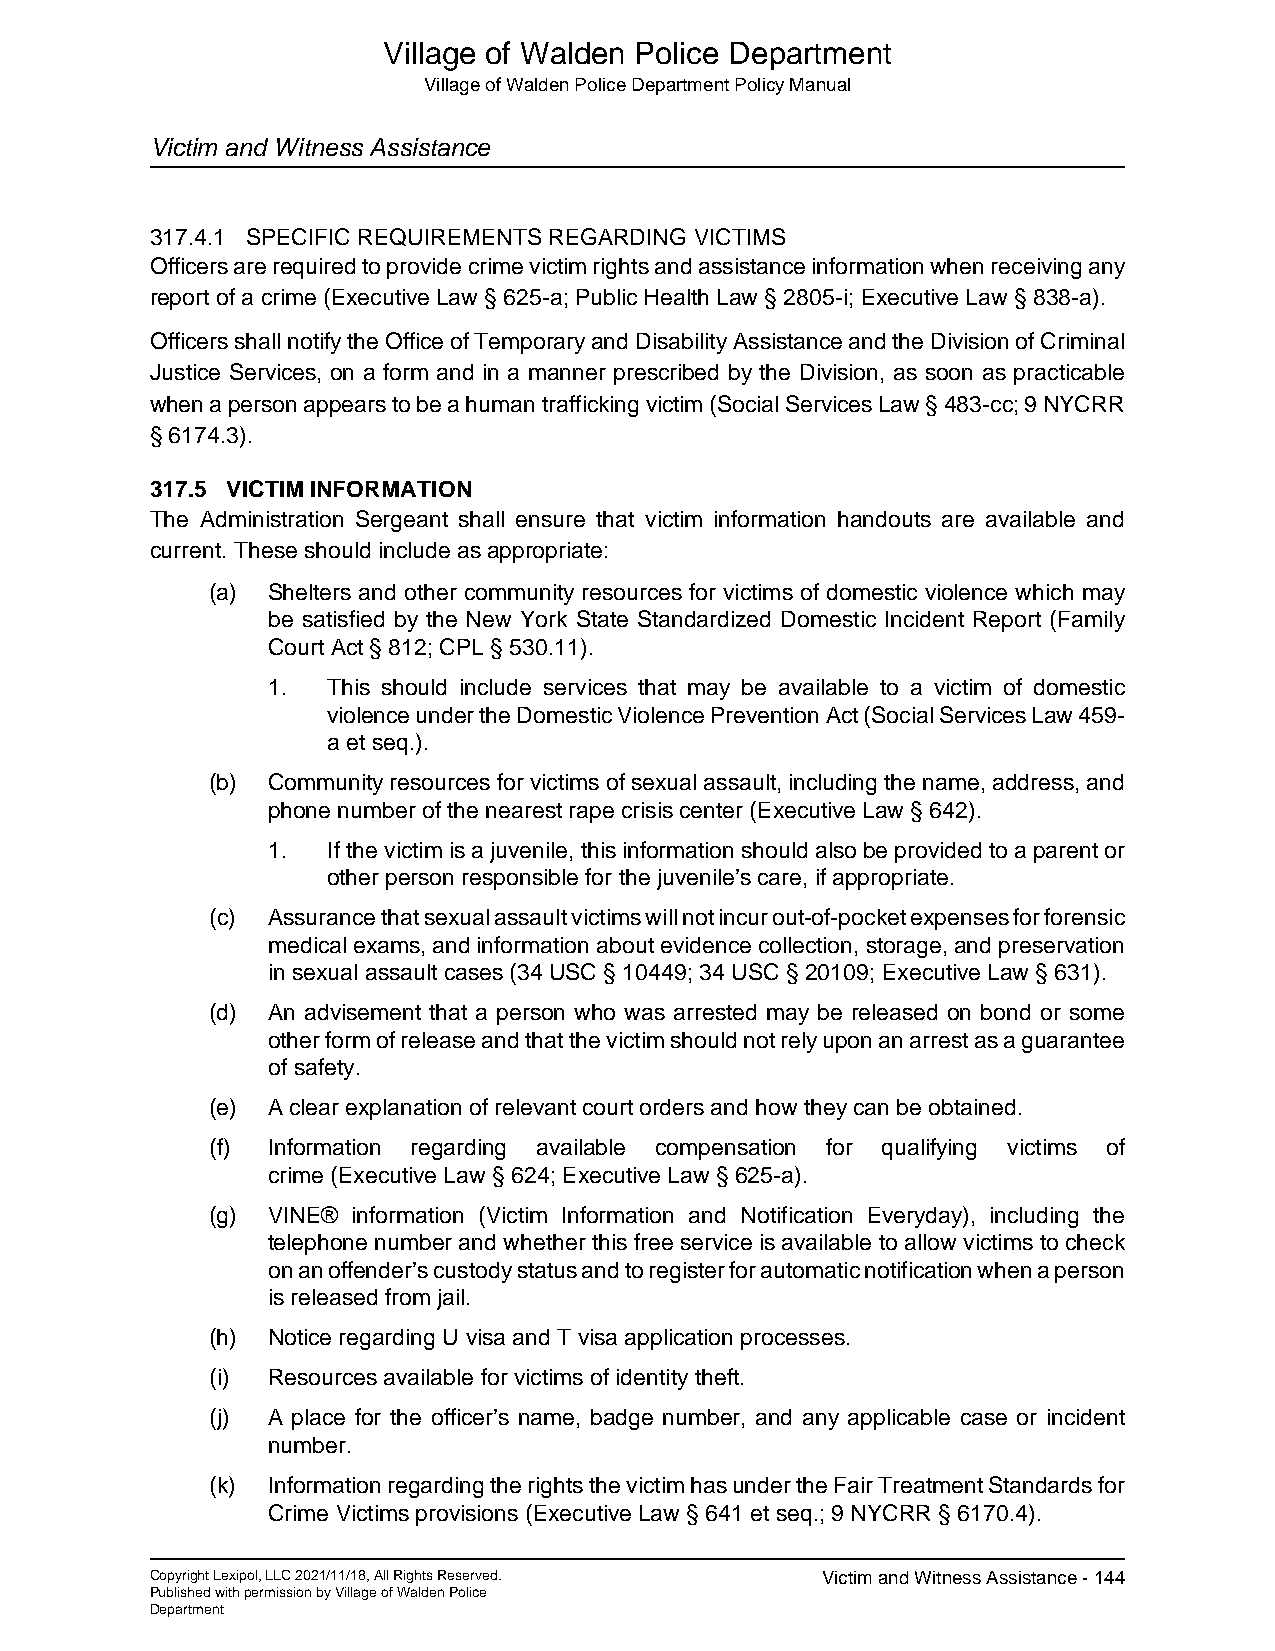
Village of Walden Police Department
 Village of Walden Police Department Policy Manual
 Victim and Witness Assistance
 317.4.1 SPECIFIC REQUIREMENTS REGARDING VICTIMS
 Officers are required to provide crime victim rights and assistance information when receiving any
 report of a crime (Executive Law § 625-a; Public Health Law § 2805-i; Executive Law § 838-a).
 Officers shall notify the Office of Temporary and Disability Assistance and the Division of Criminal
 Justice Services, on a form and in a manner prescribed by the Division, as soon as practicable
 when a person appears to be a human trafficking victim (Social Services Law § 483-cc; 9 NYCRR
 § 6174.3).
 317.5 VICTIM INFORMATION
 The Administration Sergeant shall ensure that victim information handouts are available and
 current. These should include as appropriate:
 (a) Shelters and other community resources for victims of domestic violence which may
 be satisfied by the New York State Standardized Domestic Incident Report (Family
 Court Act § 812; CPL § 530.11).
 1.  This should include services that may be available to a victim of domestic
 violence under the Domestic Violence Prevention Act (Social Services Law 459-
 a et seq.).
 (b) Community resources for victims of sexual assault, including the name, address, and
 phone number of the nearest rape crisis center (Executive Law § 642).
 1.  If the victim is a juvenile, this information should also be provided to a parent or
 other person responsible for the juvenile’s care, if appropriate.
 (c) Assurance that sexual assault victims will not incur out-of-pocket expenses for forensic
 medical exams, and information about evidence collection, storage, and preservation
 in sexual assault cases (34 USC § 10449; 34 USC § 20109; Executive Law § 631).
 (d) An advisement that a person who was arrested may be released on bond or some
 other form of release and that the victim should not rely upon an arrest as a guarantee
 of safety.
 (e) A clear explanation of relevant court orders and how they can be obtained.
 (f) Information regarding available compensation for qualifying victims of
 crime (Executive Law § 624; Executive Law § 625-a).
 (g) VINE® information (Victim Information and Notification Everyday), including the
 telephone number and whether this free service is available to allow victims to check
 on an offender’s custody status and to register for automatic notification when a person
 is released from jail.
 (h) Notice regarding U visa and T visa application processes.
 (i) Resources available for victims of identity theft.
 (j) A place for the officer’s name, badge number, and any applicable case or incident
 number.
 (k) Information regarding the rights the victim has under the Fair Treatment Standards for
 Crime Victims provisions (Executive Law § 641 et seq.; 9 NYCRR § 6170.4).
 Copyright Lexipol, LLC 2021/11/18, All Rights Reserved. Victim and Witness Assistance - 144
 Published with permission by Village of Walden Police
 Department